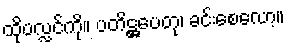
ထိုပလ္လင်ကို။ ပတိဋ္ဌပေတု၊ ခင်းစေလော့။